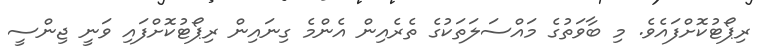
ރިޕޯޓުކޮށްފައެވެ. މި ބާވަތުގެ މައްސަލަތަކުގެ ތެރެއިން އެންމެ ގިނައިން ރިޕޯޓުކޮށްފައި ވަނީ ޖިންސީ